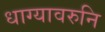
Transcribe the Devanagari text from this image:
धाग्यावरुनि